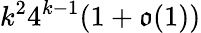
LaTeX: k^{2}4^{k-1}(1+\mathfrak{o}(1))